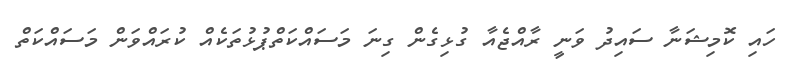
ހައި ކޮމިޝަނާ ސައިދު ވަނީ ރާއްޖެއާ ގުޅިގެން ގިނަ މަސައްކަތްޕުޅުތަކެއް ކުރައްވަން މަސައްކަތް